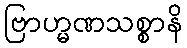
ဗြာဟ္မဏသစ္စာနိ